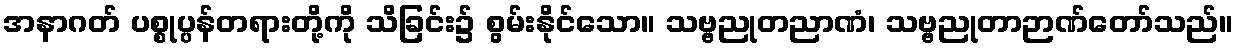
အနာဂတ် ပစ္စုပ္ပန်တရားတို့ကို သိခြင်း၌ စွမ်းနိုင်သော။ သဗ္ဗညုတညာဏံ၊ သဗ္ဗညုတာဉာဏ်တော်သည်။